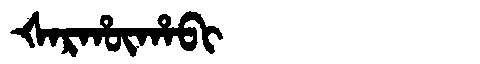
Manchu: ᡧᠠᡵᡥᡡᡥᠠᠪᡳ
Romanization: ŠARHŪHABI